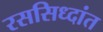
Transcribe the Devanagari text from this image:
रससिध्दांत